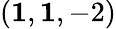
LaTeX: (\mathbf{1},\mathbf{1},-2)